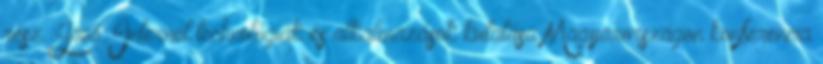
rész. Jövő Internet technológiák és alkalmazások kutatása Magyarországon konferencia